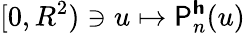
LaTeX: [0,R^{2})\ni u\mapsto\mathsf{P}_{n}^{\boldsymbol{\mathsf{h}}}(u)